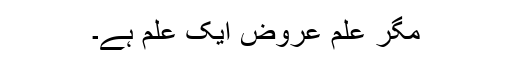
مگر علمِ عروض ایک علم ہے۔